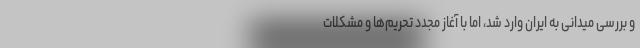
و بررسی میدانی به ایران وارد شد، اما با آغاز مجدد تحریم‌ها و مشکلات